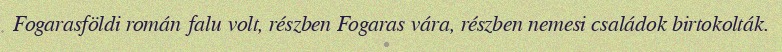
Fogarasföldi román falu volt, részben Fogaras vára, részben nemesi családok birtokolták.